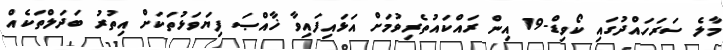
މާލެ ސަރަހައްދުގައި ކޯވިޑް-19 އިން ރައްކައުތެރިވުމަށް އަޅައިފައިވާ ޚާއްޞަ ފިޔަވަޅުތަކަށް އިތުރު ބަދަލްތަކެއް